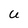
Character: U